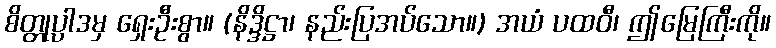
စိတ္တုပ္ပါဒမှ ရှေးဦးစွာ။ (နိဒ္ဒိဋ္ဌာ၊ နည်းပြအပ်သော။) အယံ ပထဝီ၊ ဤမြေကြီးကို။